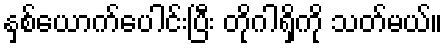
နှစ်ယောက်ပေါင်းပြီး တိုဂါရှိကို သတ်မယ်။